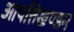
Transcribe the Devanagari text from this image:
आपत्तिखण्डन